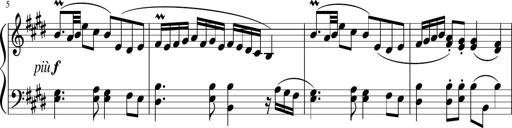
Title: 12 Keyboard Sonatinas
Composer: James Hook